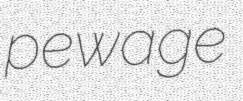
pewage